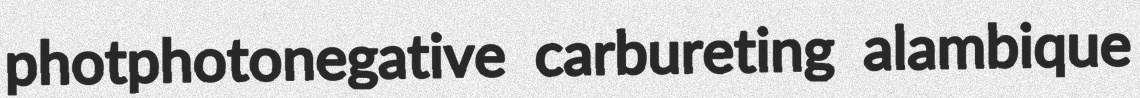
photphotonegative carbureting alambique